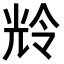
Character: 𫤚